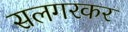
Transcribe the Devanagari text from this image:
सलगरकर